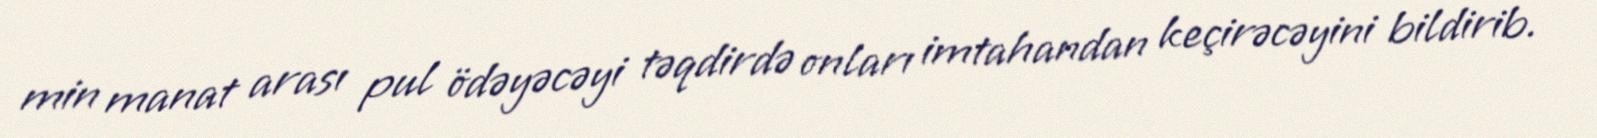
min manat arası pul ödəyəcəyi təqdirdə onları imtahandan keçirəcəyini bildirib.